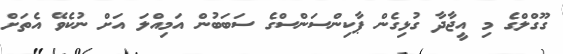
ގޫގްލްގެ މި އީޖާދާ ގުޅިގެން ޕާކިންސަންސްގެ ސަބަބުން އަމިއްލަ އަށް ނުކެވޭ އެތަށް